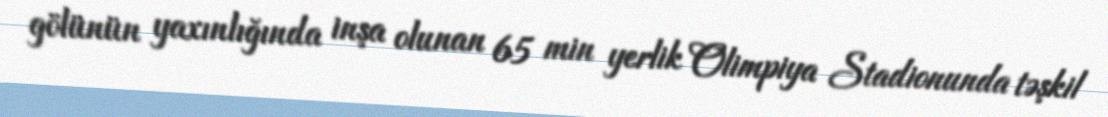
gölünün yaxınlığında inşa olunan 65 min yerlik Olimpiya Stadionunda təşkil